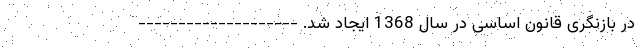
در بازنگری قانون اساسی در سال 1368 ایجاد شد. --------------------